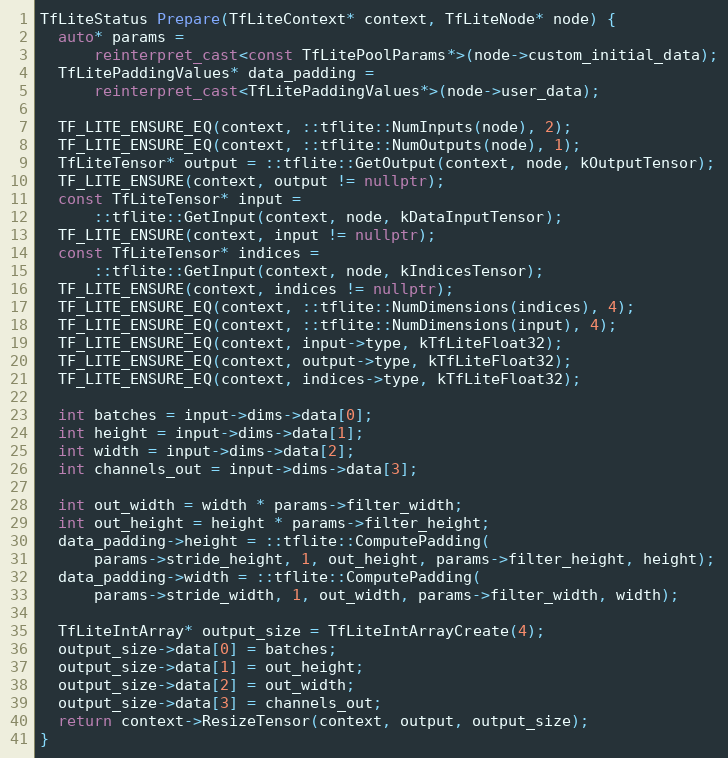
Language: C++
TfLiteStatus Prepare(TfLiteContext* context, TfLiteNode* node) {
  auto* params =
      reinterpret_cast<const TfLitePoolParams*>(node->custom_initial_data);
  TfLitePaddingValues* data_padding =
      reinterpret_cast<TfLitePaddingValues*>(node->user_data);

  TF_LITE_ENSURE_EQ(context, ::tflite::NumInputs(node), 2);
  TF_LITE_ENSURE_EQ(context, ::tflite::NumOutputs(node), 1);
  TfLiteTensor* output = ::tflite::GetOutput(context, node, kOutputTensor);
  TF_LITE_ENSURE(context, output != nullptr);
  const TfLiteTensor* input =
      ::tflite::GetInput(context, node, kDataInputTensor);
  TF_LITE_ENSURE(context, input != nullptr);
  const TfLiteTensor* indices =
      ::tflite::GetInput(context, node, kIndicesTensor);
  TF_LITE_ENSURE(context, indices != nullptr);
  TF_LITE_ENSURE_EQ(context, ::tflite::NumDimensions(indices), 4);
  TF_LITE_ENSURE_EQ(context, ::tflite::NumDimensions(input), 4);
  TF_LITE_ENSURE_EQ(context, input->type, kTfLiteFloat32);
  TF_LITE_ENSURE_EQ(context, output->type, kTfLiteFloat32);
  TF_LITE_ENSURE_EQ(context, indices->type, kTfLiteFloat32);

  int batches = input->dims->data[0];
  int height = input->dims->data[1];
  int width = input->dims->data[2];
  int channels_out = input->dims->data[3];

  int out_width = width * params->filter_width;
  int out_height = height * params->filter_height;
  data_padding->height = ::tflite::ComputePadding(
      params->stride_height, 1, out_height, params->filter_height, height);
  data_padding->width = ::tflite::ComputePadding(
      params->stride_width, 1, out_width, params->filter_width, width);

  TfLiteIntArray* output_size = TfLiteIntArrayCreate(4);
  output_size->data[0] = batches;
  output_size->data[1] = out_height;
  output_size->data[2] = out_width;
  output_size->data[3] = channels_out;
  return context->ResizeTensor(context, output, output_size);
}